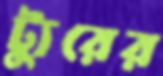
ট্যুরের